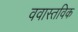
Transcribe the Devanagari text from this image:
ववास्तविक